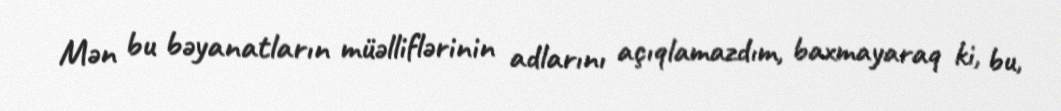
Mən bu bəyanatların müəlliflərinin adlarını açıqlamazdım, baxmayaraq ki, bu,